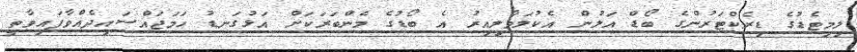
ލިމިޓެޑުގެ ޑިރެކްޓަރުންގެ ބޯޑް އަލުން އެކުލަވާލިއިރު އެ ބޯޑުގެ މެންބަރަކަށް އަޅުގަނޑު ހަމަޖައްސަައިދެއްވާފައިވާތީ